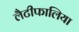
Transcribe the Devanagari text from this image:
लैटीफालिया